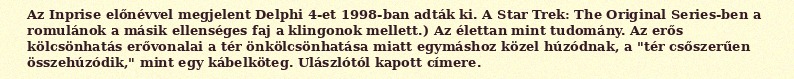
Az Inprise előnévvel megjelent Delphi 4-et 1998-ban adták ki. A Star Trek: The Original Series-ben a romulánok a másik ellenséges faj a klingonok mellett.) Az élettan mint tudomány. Az erős kölcsönhatás erővonalai a tér önkölcsönhatása miatt egymáshoz közel húzódnak, a "tér csőszerűen összehúzódik," mint egy kábelköteg. Ulászlótól kapott címere.